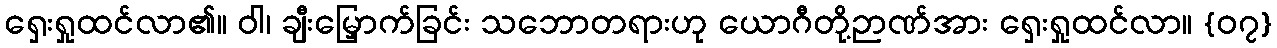
ရှေးရှုထင်လာ၏။ ဝါ၊ ချီးမြှောက်ခြင်း သဘောတရားဟု ယောဂီတို့ဉာဏ်အား ရှေးရှုထင်လာ။ {၀၇}